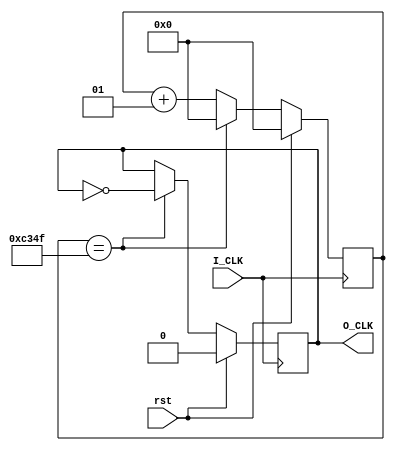
`timescale 1ns / 1ps

//1KHZ

module Divider_1KHZ(
    input I_CLK,
    input rst,//
    output reg O_CLK
    );
    integer i=0;
    parameter num=50000;
    always @ (posedge I_CLK)
    begin
    if(rst==1)
        begin
        O_CLK=0;
        i=0;
        end
    else
    begin
        if(i==num-1)
        begin
        O_CLK=~O_CLK;
        i=0;
        end//end reset num
        else
        i=i+1;
    end//end rst==0
    end//end always
endmodule